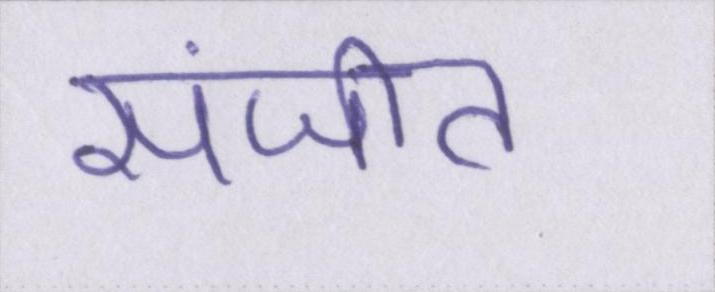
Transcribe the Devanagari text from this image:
संजीत